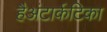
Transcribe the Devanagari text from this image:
हैअंटार्कटिका